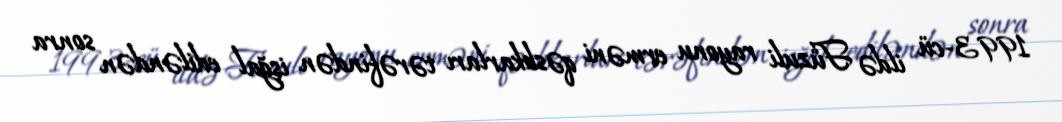
1993-cü ildə Füzuli rayonu erməni qəsbkarları tərəfindən işğal ediləndən sonra